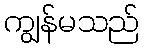
ကျွန်မသည်